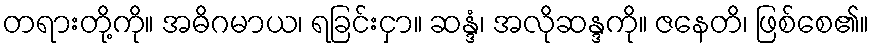
တရားတို့ကို။ အဓိဂမာယ၊ ရခြင်းငှာ။ ဆန္ဒံ၊ အလိုဆန္ဒကို။ ဇနေတိ၊ ဖြစ်စေ၏။